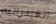
الفيدراليه